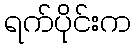
ရက်ပိုင်းက